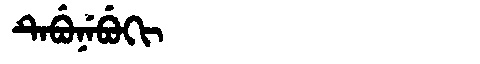
Manchu: ᡨᡝᠪᡠᠨᡝᠪᡠᡴᡳ
Romanization: TEBUNEBUKI